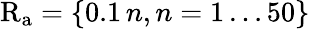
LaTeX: \mathrm{R_{a}}=\{ 0.1\, n,n=1\ldots 50\}